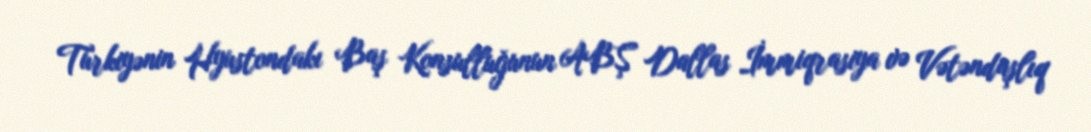
Türkiyənin Hyustondakı Baş Konsulluğunun ABŞ Dallas İmmiqrasiya və Vətəndaşlıq